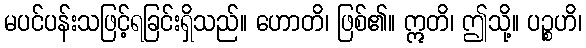
မပင်ပန်းသဖြင့်ရခြင်းရှိသည်။ ဟောတိ၊ ဖြစ်၏။ ဣတိ၊ ဤသို့။ ပဉ္စဟိ၊